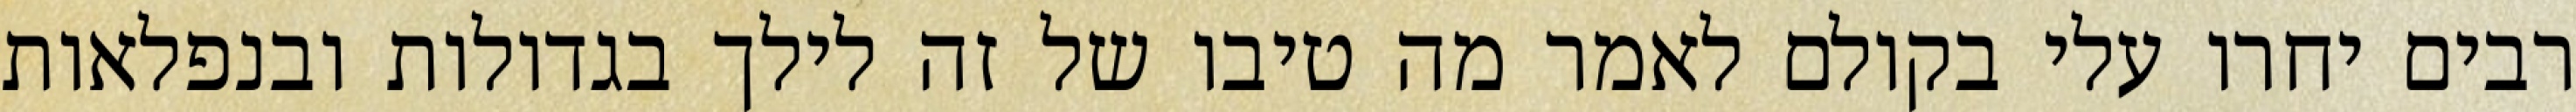
רבים יחרו עלי בקולם לאמר מה טיבו של זה לילך בגדולות ובנפלאות